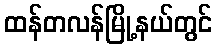
ထန်တလန်မြို့နယ်တွင်